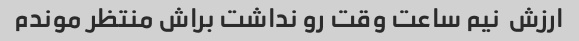
ارزش  نیم ساعت وقت رو نداشت براش منتظر موندم